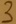
Text: 3